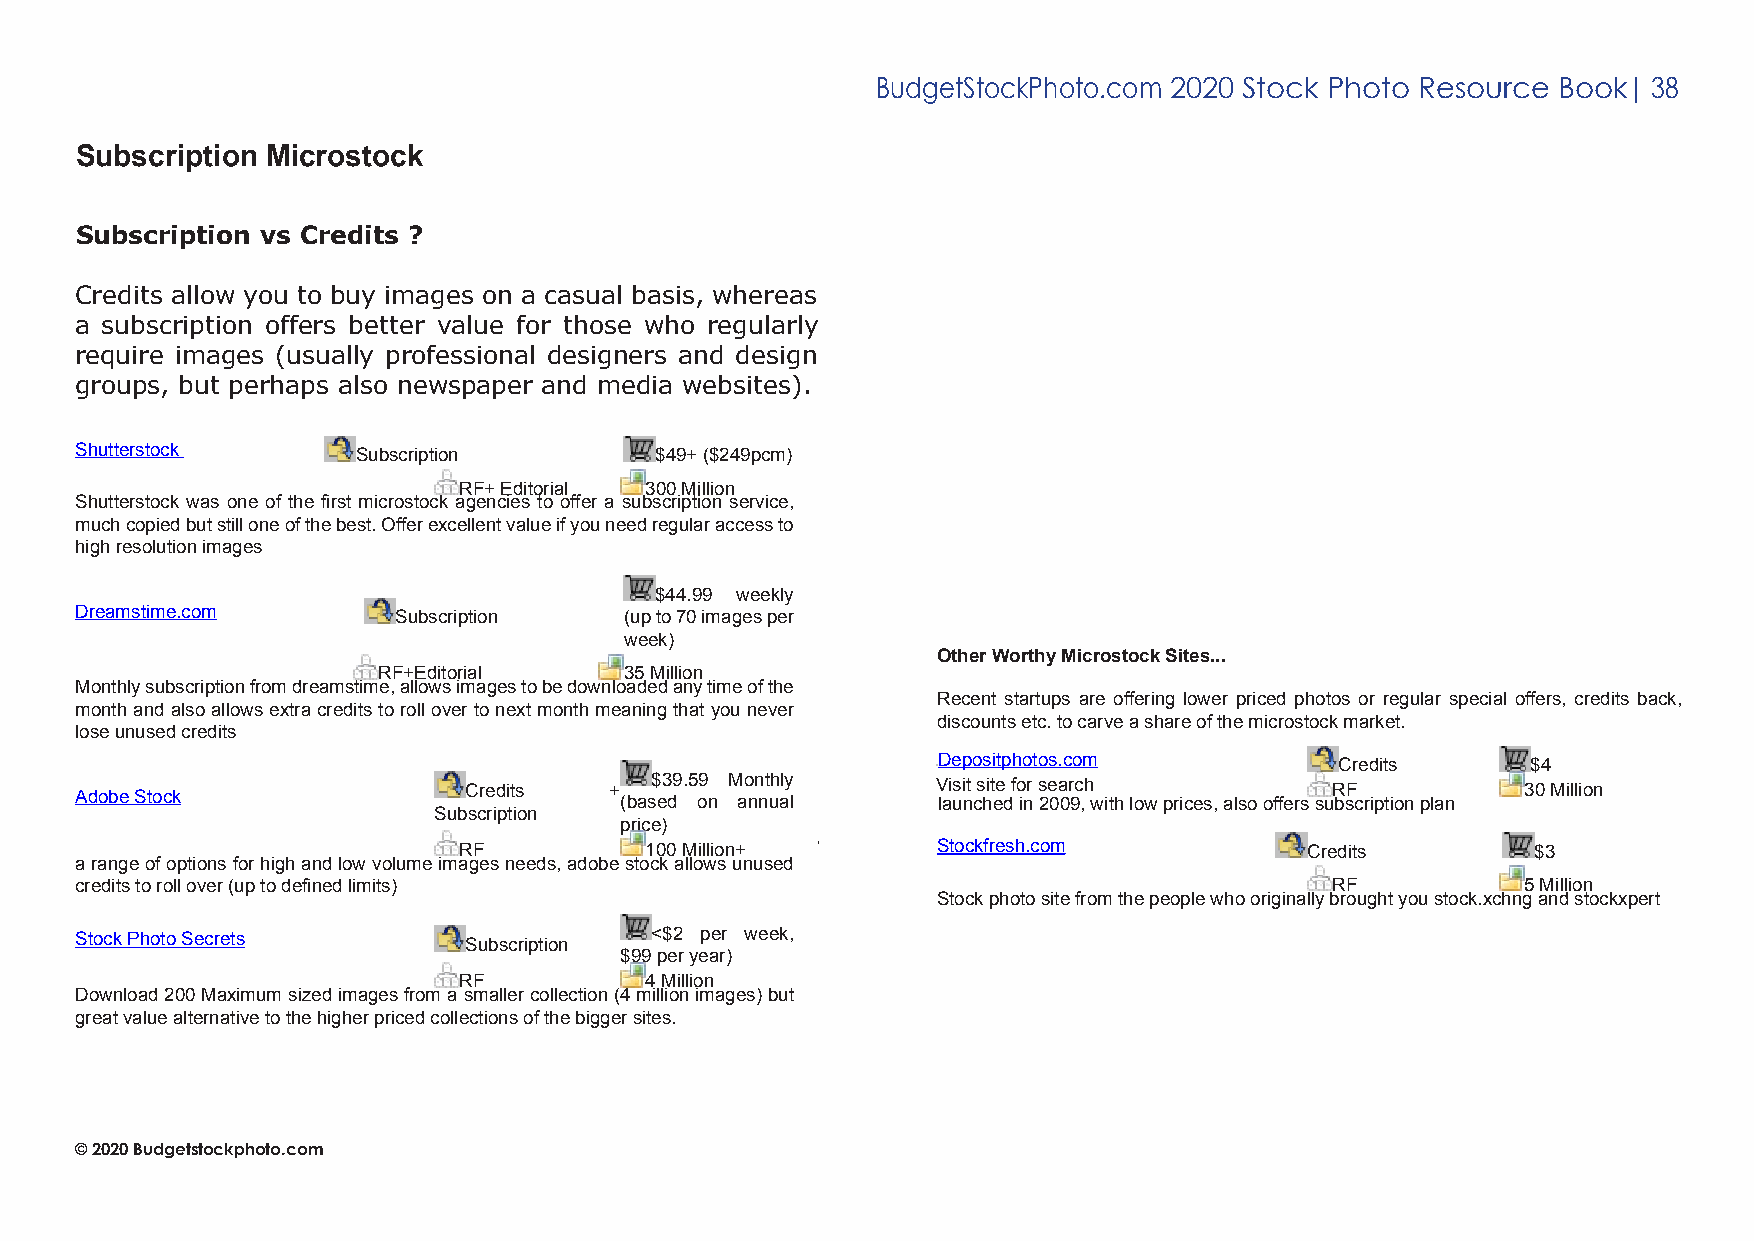
BudgetStockPhoto.com 2020 Stock Photo Resource Book| 38
 Subscription Microstock
 Subscription vs Credits ?
 Credits allow you to buy images on a casual basis, whereas
 a subscription offers better value for those who regularly
 require images (usually professional designers and design
 groups, but perhaps also newspaper and media websites).
 Shutterstock       Subscription       $49+ ($249pcm)
 Shutterstock       Subs cription
 RF+ Editorial
 300$ M49 il+
 lio
 ( n$249pcm)
 Shutterstock was one of the first microstock agencies to offer a subscription service,
 much copied but still one of the best. Offe r excelRleFn+t v Eadluiteo rifia ylou need re6g5u Mlaril laiocncess to
 Shutterstock was one of the first microstock agencies to offer a subscription service, much
 high resolution images
 copied but still one of the best. Offer excellent value if you need regular access to high
 resolution images
 $44.99 weekly
 Dreamstime.com       Subscription   (up to 70 images per
 $44.99 weekly
 week)
 Dreamstime.com        Subscription    (up to 70 images per Other Worthy Microstock Sites...
 RF+Editorial    35w Meiellkio)n
 Monthly subscription from dreamstime, allows images to be downloaded any time of the
 month and also allows extra credits to roll over RtoF n+eExdti tmoroianlth meaning3 t5h aMt ilyliooun never
 Recent startups are offering lower priced photos or regular special offers, credits back,
 Monthly subscription from dreamstime, allows images to be downloaded any time of the discounts etc. to carve a share of the microstock market.
 lose unused credits
 month and also allows extra credits to roll over to next month meaning that you never lose
 unused credits                                           Depositphotos.com          Credits     $4
 Adobe Stock               Credits  + ( bas$ e3 d9 .5 o9 n M ao nn nt uh aly l V lai usi nt cs hit ee d f o inr s 2e 0a 0r 9c ,h with low prices, als o offers suR bsF cription plan 30 Million
 Subscription
 price)
 Stock Photo Secrets      RFSubscription 100< $ M2 i lliop ne +r week, Stockfresh.com Credits     $3
 a range of options for high and low volume images needs, adobe st$o9ck9 aplelor wyse aurn)used
 credits to roll over (up to defined limits ) RF 4 Million                          RF           5 Million
 Download 200 Maximum sized images from a smaller collection (4 million images) but Stock photo site from the people who originally brought you stock.xchng and stockxpert
 great value alternative to the higher priced collections of the bigger sites.
 Stock Photo Secrets       Subscription <$2 per week,
 $99 per year)
 RF           4 Million
 Download 200 Maximum sized images from a smaller collection (4 million images) but
 great value alternative to the higher priced collections of the bigger sites.
 © 2020 Budgetstockphoto.com